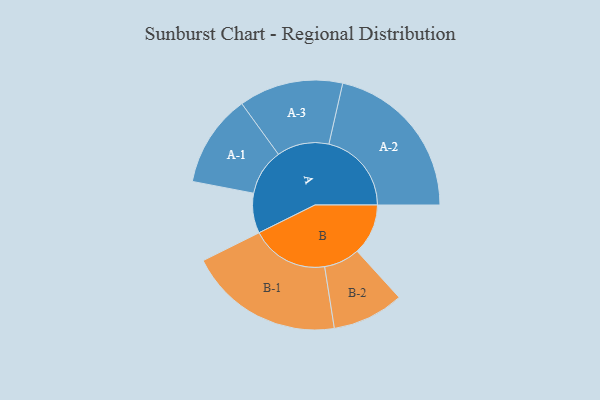
{"axis": {"x": "Segment", "y": "Value"}, "legend": ["", "A", "B"], "data": [{"x": "A", "y": 144, "type": ""}, {"x": "B", "y": 184, "type": ""}, {"x": "A-1", "y": 167, "type": "A"}, {"x": "A-2", "y": 298, "type": "A"}, {"x": "A-3", "y": 188, "type": "A"}, {"x": "B-1", "y": 280, "type": "B"}, {"x": "B-2", "y": 129, "type": "B"}]}